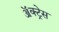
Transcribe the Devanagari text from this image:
ॲक्ट्रेस